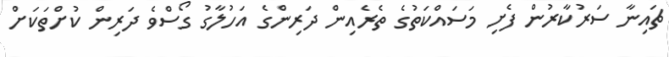
ޗައިނާ ސަރުކާރުން ފެށި މަސައްކަތުގެ ތެރެއިން ދަރިންގެ އަހުލާގު ގޯސްވެ ދަރިން ކުށްތަކަށް